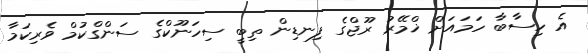
އެ ހިސާބާ ހަމައަށް ޚްމޭރު ރޫޖްގެ ފިނޑިން ތިބީ ސިހަނޫކްގެ ސަންގްކުމް ވެރިކަމާ